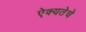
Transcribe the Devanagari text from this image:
ऐक्यतेचे